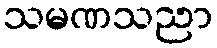
သမဏသညာ